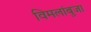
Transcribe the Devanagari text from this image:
विमलांबुजा